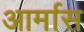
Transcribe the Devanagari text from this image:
आर्मास